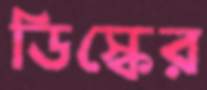
ডিস্কের